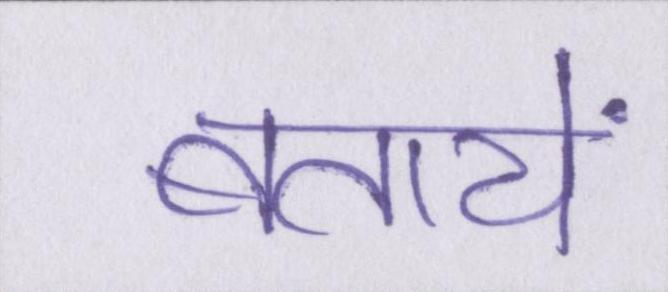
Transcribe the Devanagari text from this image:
बतायें